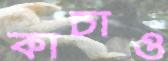
কাচাও